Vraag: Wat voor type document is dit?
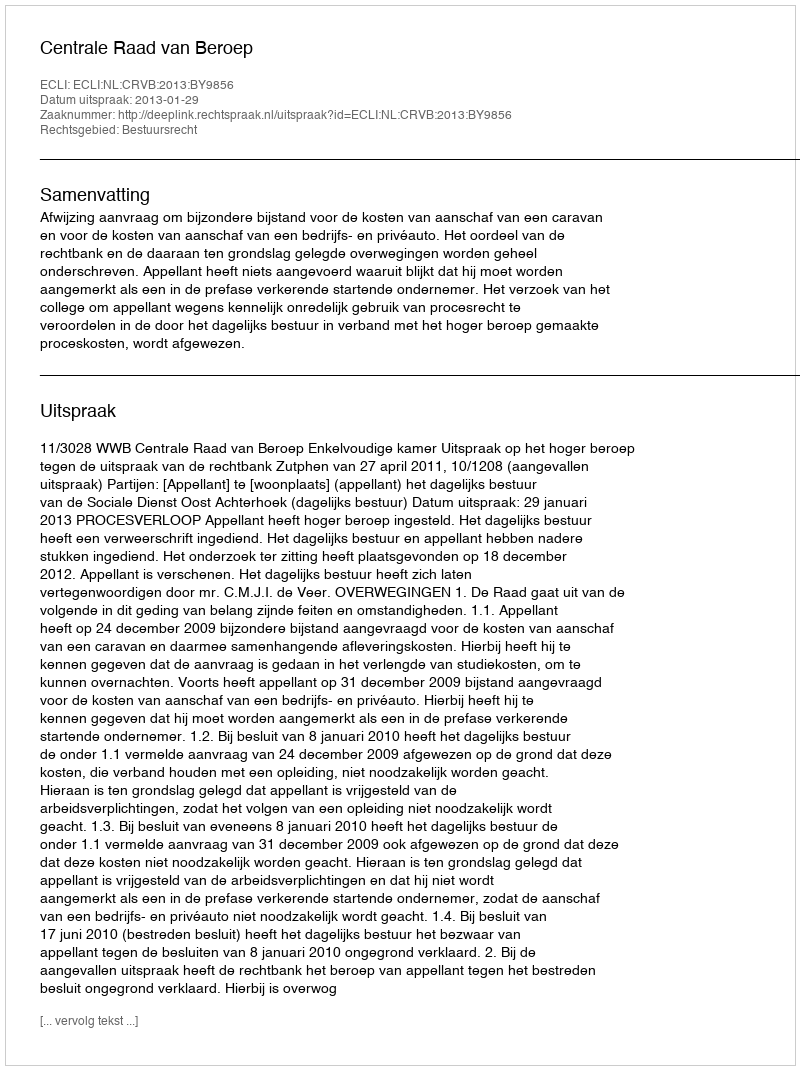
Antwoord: Uitspraak